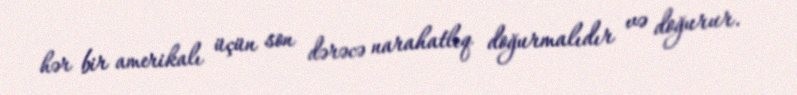
hər bir amerikalı üçün son dərəcə narahatlıq doğurmalıdır və doğurur.